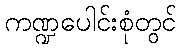
ကဏ္ဍပေါင်းစုံတွင်